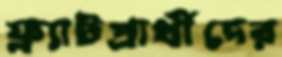
ফ্ল্যাটপ্রার্থীদের